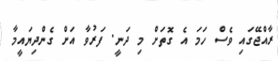
ރާއްޖޭގައި ވެސް ހަމަ އެ ގޮތަށް މި ދަނީ. ފަރުވާ އަށް ގެންދިޔައީމާ